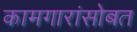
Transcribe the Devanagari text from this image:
कामगारांसोबत